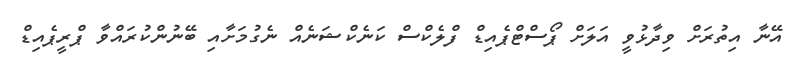
އޭނާ އިތުރަށް ވިދާޅުވީ އަލަށް ޕޯސްޓްޕެއިޑް ފްލެކްސް ކަނެކްޝަނެއް ނެގުމަށާއި ބޭނުންކުރައްވާ ޕްރީޕެއިޑް